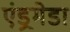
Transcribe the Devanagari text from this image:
एंड्रमेडा